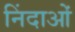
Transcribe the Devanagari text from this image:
निंदाओं